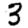
Digit: 3